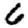
Digit: 6